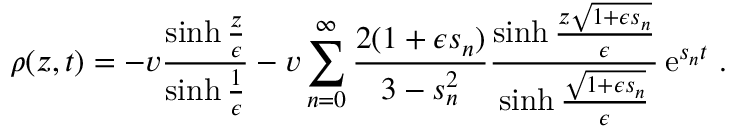
\rho ( z , t ) = - v \frac { \sinh { \frac { z } { \epsilon } } } { \sinh { \frac { 1 } { \epsilon } } } - v \sum _ { n = 0 } ^ { \infty } \frac { 2 ( 1 + \epsilon s _ { n } ) } { 3 - s _ { n } ^ { 2 } } \frac { \sinh { \frac { z \sqrt { 1 + \epsilon s _ { n } } } { \epsilon } } } { \sinh { \frac { \sqrt { 1 + \epsilon s _ { n } } } { \epsilon } } } \operatorname { e } ^ { s _ { n } t } \, .